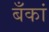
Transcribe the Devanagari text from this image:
बँकां